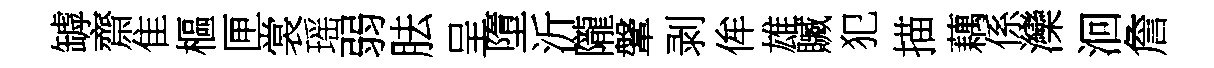
罅齋隹樞匣裳瑶弱胠呈墮沂隴鞶剥侔雄贓犯描藕係灤洄詹